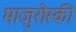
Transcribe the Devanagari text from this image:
माजुरोस्की